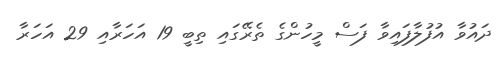
ދައުވާ އުފުލާފައިވާ ފަސް މީހުންގެ ތެރޭގައި ތިބީ 19 އަހަރާއި 29 އަހަރާ